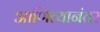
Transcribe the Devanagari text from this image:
आणित्यानंतर